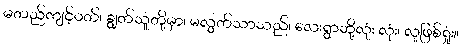
မတည်ကျင့်ဝတ်၊ ချွတ်သူတို့မှာ၊ မလွတ်သာသည်၊ လေးရွာဘို့လုံး လုံး၊ လူဖြစ်ရှုံး။